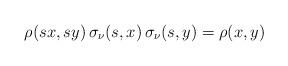
LaTeX: \begin{align*}\rho(sx,sy) \, \sigma_\nu(s,x) \, \sigma_\nu(s,y) = \rho(x,y)\end{align*}